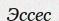
Эссес